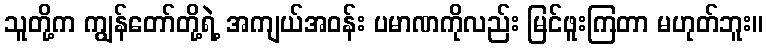
သူတို့က ကျွန်တော်တို့ရဲ့ အကျယ်အဝန်း ပမာဏကိုလည်း မြင်ဖူးကြတာ မဟုတ်ဘူး။